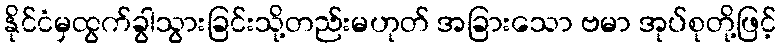
နိုင်ငံမှထွက်ခွါသွားခြင်းသို့တည်းမဟုတ် အခြားသော ဗမာ အုပ်စုတို့ဖြင့်